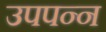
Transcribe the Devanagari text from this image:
उपपन्न